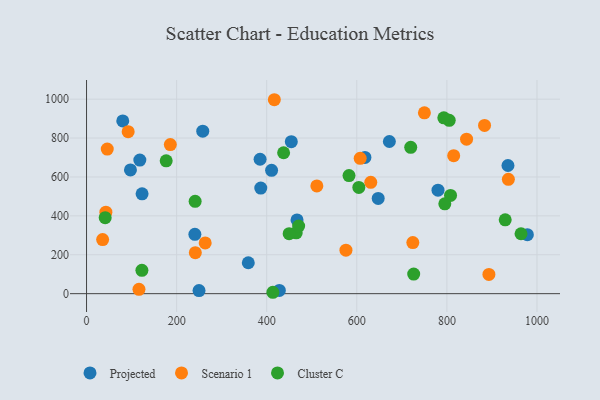
{"axis": {"x": "Speed", "y": "Profit"}, "legend": ["Cluster C", "Projected", "Scenario 1"], "data": [{"x": "97.5", "y": 636.1, "type": "Projected"}, {"x": "647.5", "y": 489.6, "type": "Projected"}, {"x": "249.7", "y": 15.6, "type": "Projected"}, {"x": "80.4", "y": 888.3, "type": "Projected"}, {"x": "935.6", "y": 658.8, "type": "Projected"}, {"x": "978.7", "y": 303.1, "type": "Projected"}, {"x": "240.5", "y": 305.1, "type": "Projected"}, {"x": "454.6", "y": 781.5, "type": "Projected"}, {"x": "385.3", "y": 691.0, "type": "Projected"}, {"x": "359.1", "y": 159.0, "type": "Projected"}, {"x": "410.8", "y": 633.9, "type": "Projected"}, {"x": "258.0", "y": 835.2, "type": "Projected"}, {"x": "672.3", "y": 782.4, "type": "Projected"}, {"x": "467.3", "y": 379.0, "type": "Projected"}, {"x": "386.8", "y": 543.0, "type": "Projected"}, {"x": "118.3", "y": 686.6, "type": "Projected"}, {"x": "123.3", "y": 513.1, "type": "Projected"}, {"x": "428.0", "y": 16.5, "type": "Projected"}, {"x": "780.3", "y": 532.2, "type": "Projected"}, {"x": "618.0", "y": 700.2, "type": "Projected"}, {"x": "575.9", "y": 223.7, "type": "Scenario 1"}, {"x": "607.5", "y": 695.9, "type": "Scenario 1"}, {"x": "843.7", "y": 794.5, "type": "Scenario 1"}, {"x": "416.9", "y": 997.1, "type": "Scenario 1"}, {"x": "815.1", "y": 709.4, "type": "Scenario 1"}, {"x": "511.3", "y": 553.7, "type": "Scenario 1"}, {"x": "92.4", "y": 832.7, "type": "Scenario 1"}, {"x": "186.0", "y": 766.6, "type": "Scenario 1"}, {"x": "750.1", "y": 929.8, "type": "Scenario 1"}, {"x": "46.0", "y": 743.5, "type": "Scenario 1"}, {"x": "241.5", "y": 210.6, "type": "Scenario 1"}, {"x": "116.4", "y": 22.1, "type": "Scenario 1"}, {"x": "883.6", "y": 864.8, "type": "Scenario 1"}, {"x": "263.4", "y": 260.8, "type": "Scenario 1"}, {"x": "631.0", "y": 572.6, "type": "Scenario 1"}, {"x": "936.5", "y": 587.8, "type": "Scenario 1"}, {"x": "35.7", "y": 278.3, "type": "Scenario 1"}, {"x": "724.4", "y": 262.6, "type": "Scenario 1"}, {"x": "893.3", "y": 98.7, "type": "Scenario 1"}, {"x": "42.9", "y": 418.8, "type": "Scenario 1"}, {"x": "964.6", "y": 308.0, "type": "Cluster C"}, {"x": "808.1", "y": 505.1, "type": "Cluster C"}, {"x": "413.7", "y": 7.1, "type": "Cluster C"}, {"x": "604.5", "y": 546.0, "type": "Cluster C"}, {"x": "465.5", "y": 312.9, "type": "Cluster C"}, {"x": "122.9", "y": 120.0, "type": "Cluster C"}, {"x": "582.7", "y": 607.3, "type": "Cluster C"}, {"x": "805.2", "y": 891.4, "type": "Cluster C"}, {"x": "726.3", "y": 100.7, "type": "Cluster C"}, {"x": "795.4", "y": 461.8, "type": "Cluster C"}, {"x": "437.5", "y": 724.5, "type": "Cluster C"}, {"x": "241.1", "y": 474.9, "type": "Cluster C"}, {"x": "719.7", "y": 752.5, "type": "Cluster C"}, {"x": "41.4", "y": 390.8, "type": "Cluster C"}, {"x": "449.8", "y": 308.5, "type": "Cluster C"}, {"x": "470.9", "y": 347.4, "type": "Cluster C"}, {"x": "793.2", "y": 904.2, "type": "Cluster C"}, {"x": "176.8", "y": 683.0, "type": "Cluster C"}, {"x": "929.5", "y": 379.6, "type": "Cluster C"}]}